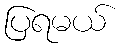
ပြရမယ်